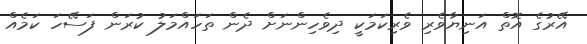
އޭރުގެ އޮތް އަނިޔާވެރި ވެރިކަމަކީ ދިވެހިންނަށް ދެން ތަހައްމަލު ކުރަން ފަސޭހަ ކަމެއް